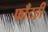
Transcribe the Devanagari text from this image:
फाँटही